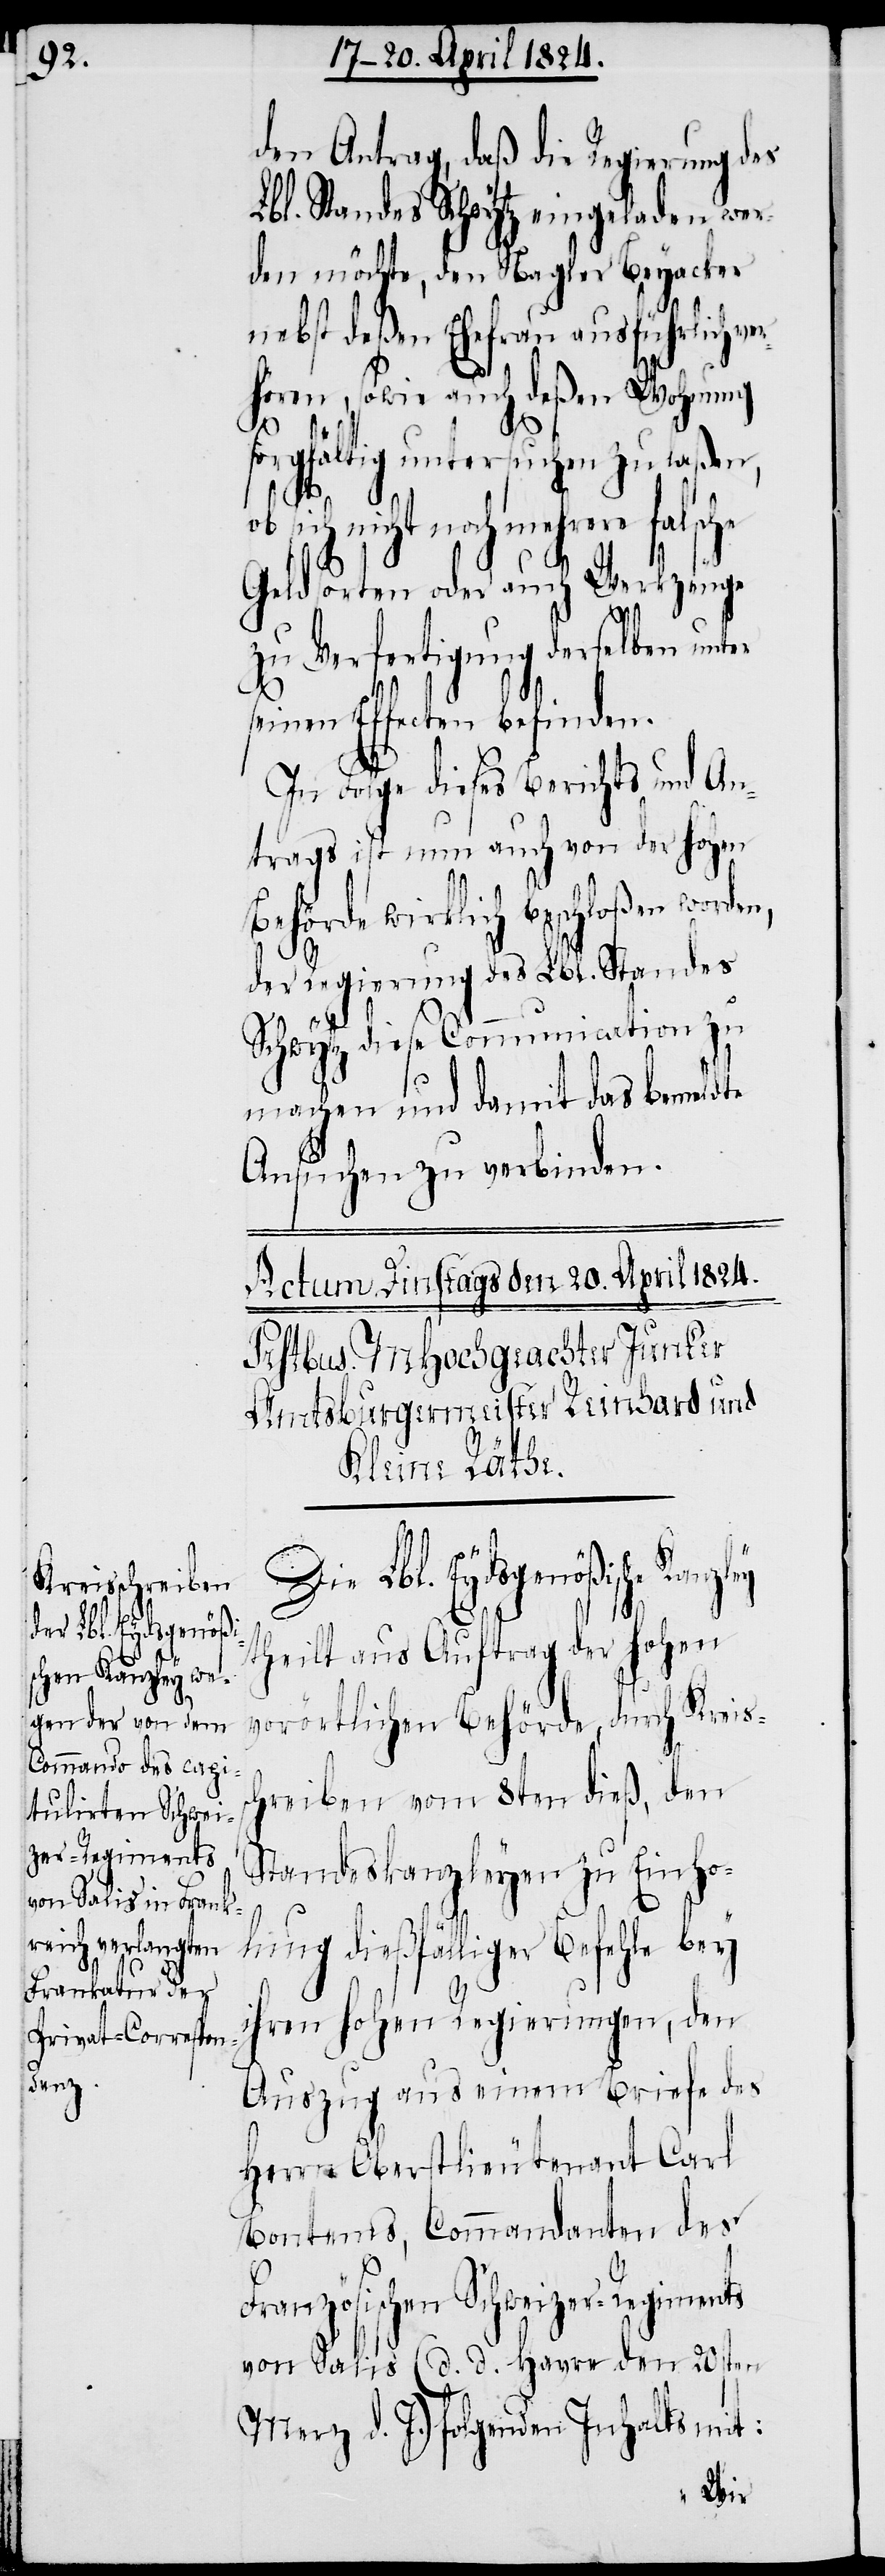
den Antrg, daß die Regierung des
Lbl. Standes Schwytz eingeladen wer¬
den möchte, den Nagler Beyacker
nebst deßen Ehefrau ausführlich v¬
hören, sowie auch deßen Wohnung
sorgfältig untersuchen zu laßen,
noch mehrere falsche
Geldsorten oder auch Werkzeuge
zu Verfertigung derselben
seinen Effecten befinden.
In Folge dieses Berichts und An¬
trags ist nun auch von der hohen
Behörde wirklich beschloßen worden,
der Regierung des Lbl. Standes
Schwytz diese Communication zu
machen und damit das bemeldte
Ansuchen zu verbinden.
Die Lbl. Eydsgenößische
theilt aus Auftrag der hohen
vorörtlichen Behörde, durch Kreis¬
hreiben vom 8ten dieß, den
Standeskanzleyen zu Einho¬
sc¬
lung dießfälliger Befehle bey
ihren hohen Regierungen, den
Auszug aus einem Briefe des
Herrn Oberstlieutenant Carl
Bontems, Commandanten des
Französischen Schweizer-Regiments
von Salis (d. d. Havre den 20sten
Merz d. J.) folgenden Inhalts mit: